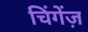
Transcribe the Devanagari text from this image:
चिंगेंज़